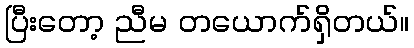
ပြီးတော့ ညီမ တယောက်ရှိတယ်။